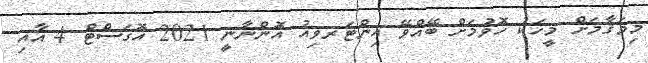
މިމަޤާމަށް މީހަކު ހޮވުމަށް ބޭއްވޭ އިންޓަރވިއު އޮންނާނީ 2021 އޮގަސްޓް 4 އާއި